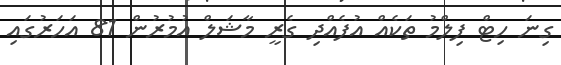
ގިނަ ހިޓް ފިލްމު ތަކެއް އުފެއްދި ގެރީ މާޝަލް އުމުރުން 81 އަހަރުގައި